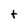
Character: t